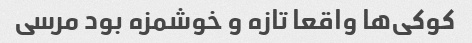
کوکی‌ها واقعا تازه و خوشمزه بود مرسی